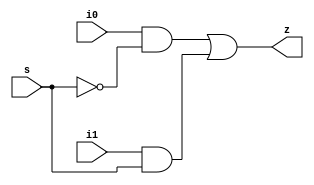
module mux_2to1 (
  input i1, i0, s,
  output z);

wire int0, int1, s_bar;

not (s_bar, s);

and(int0, i0, s_bar);
and(int1, i1, s    );

or (z, int0, int1);

endmodule